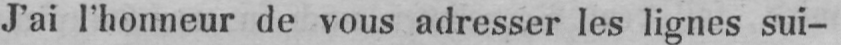
J’ai l’honneur de vous adresser les lignes sui-